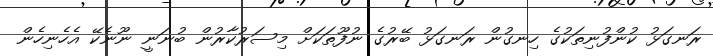
ރަނގަޅު ކުންފުނިތަކުގެ ހިނގުން ރަނގަޅު ބޭރުގެ ނުފޫތަކަށް މިސަރުކާރުން ބުނަނީ ނޫނެކޭ އެހެނިހެން